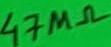
Text: 47MΩ